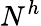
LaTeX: N^{h}